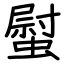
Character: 螱